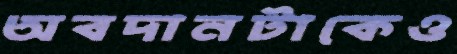
অবদানটাকেও